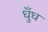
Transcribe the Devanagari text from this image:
धुँध